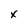
Character: x